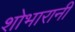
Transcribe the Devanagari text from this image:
शोभारानी